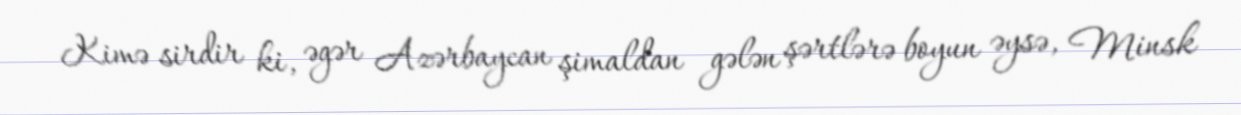
Kimə sirdir ki, əgər Azərbaycan şimaldan gələn şərtlərə boyun əysə, Minsk